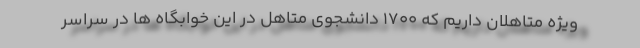
ویژه متاهلان داریم که ۱۷٠٠ دانشجوی متاهل در این خوابگاه ها در سراسر